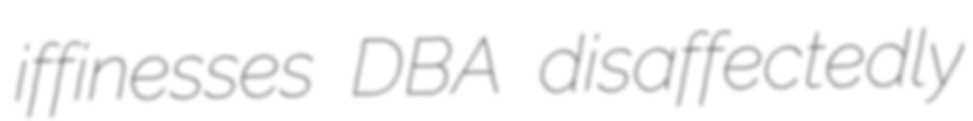
iffinesses DBA disaffectedly